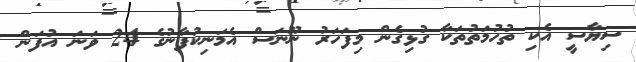
ސިޔާސީ އެކި ތުހުމަތުތަކާ ގުޅިގެން މިފަހަރު ނޫނަސް އެމަނިކުފާނުގެ 24 ވަނަ އުފަން